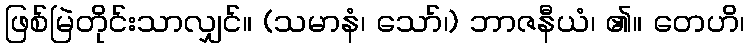
ဖြစ်မြဲတိုင်းသာလျှင်။ (သမာနံ၊ သော်၊) ဘာဇနီယံ၊ ၏။ တေဟိ၊